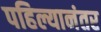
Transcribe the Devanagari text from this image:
पहिल्यानंतर